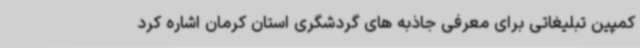
کمپین تبلیغاتی برای معرفی جاذبه های گردشگری استان کرمان اشاره کرد